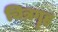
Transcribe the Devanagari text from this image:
चित्रगॄह